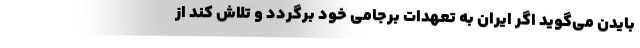
بایدن می‌گوید اگر ایران به تعهدات برجامی خود برگردد و تلاش كند از